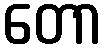
တော